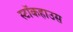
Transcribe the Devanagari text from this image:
स्टॉकहाउस